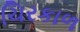
ચિરકાળ